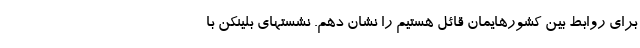
برای روابط بین کشورهایمان قائل هستیم را نشان دهم. نشستهای بلینکن با